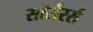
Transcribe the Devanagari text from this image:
सॉर्सरर्स